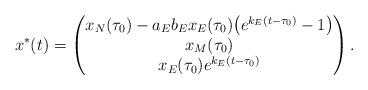
LaTeX: \begin{align*} x^\ast(t) = \begin{pmatrix} x_N(\tau_0) - a_E b_E x_E(\tau_0) \bigl( e^{k_E(t - \tau_0)} - 1 \bigr) \\ x_M(\tau_0) \\ x_E(\tau_0) e^{k_E(t-\tau_0)} \end{pmatrix}. \end{align*}